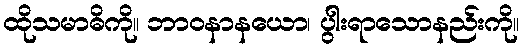
ထိုသမာဓိကို။ ဘာဝနာနယော၊ ပွါးရာသောနည်းကို။